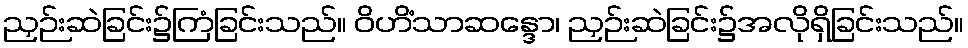
ညှဉ်းဆဲခြင်း၌ကြံခြင်းသည်။ ဝိဟိံသာဆန္ဒော၊ ညှဉ်းဆဲခြင်း၌အလိုရှိခြင်းသည်။